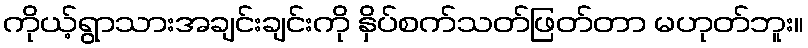
ကိုယ့်ရွာသားအချင်းချင်းကို နှိပ်စက်သတ်ဖြတ်တာ မဟုတ်ဘူး။